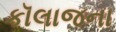
કૉલાજના